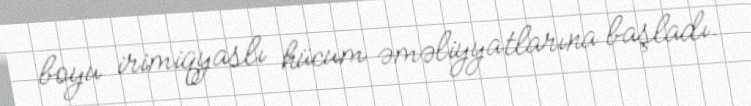
boyu irimiqyaslı hücum əməliyyatlarına başladı.